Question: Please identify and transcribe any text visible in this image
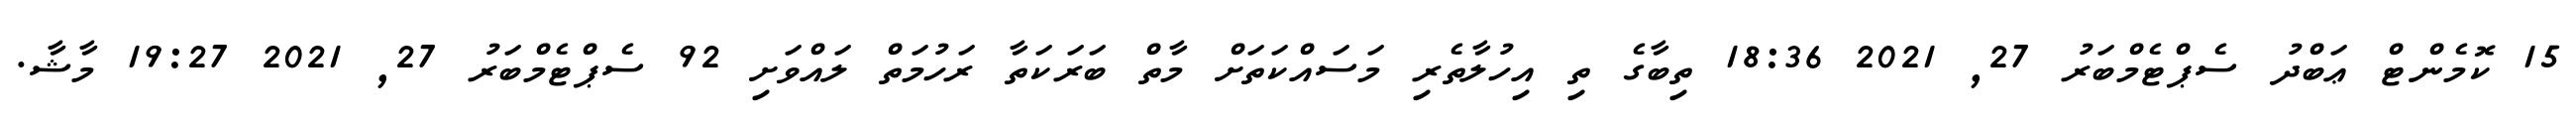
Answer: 15 ކޮމެންޓް ޢަބްދު ސެޕްޓެމްބަރު 27, 2021 18:36 ތިބާގެ ތި އިހުލާތެރި މަސައްކަތަށް މާތް ބަރަކަތާ ރަހުމަތް ލައްވަށި 92 ސެޕްޓެމްބަރު 27, 2021 19:27 މާޝާ.